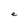
Character: e